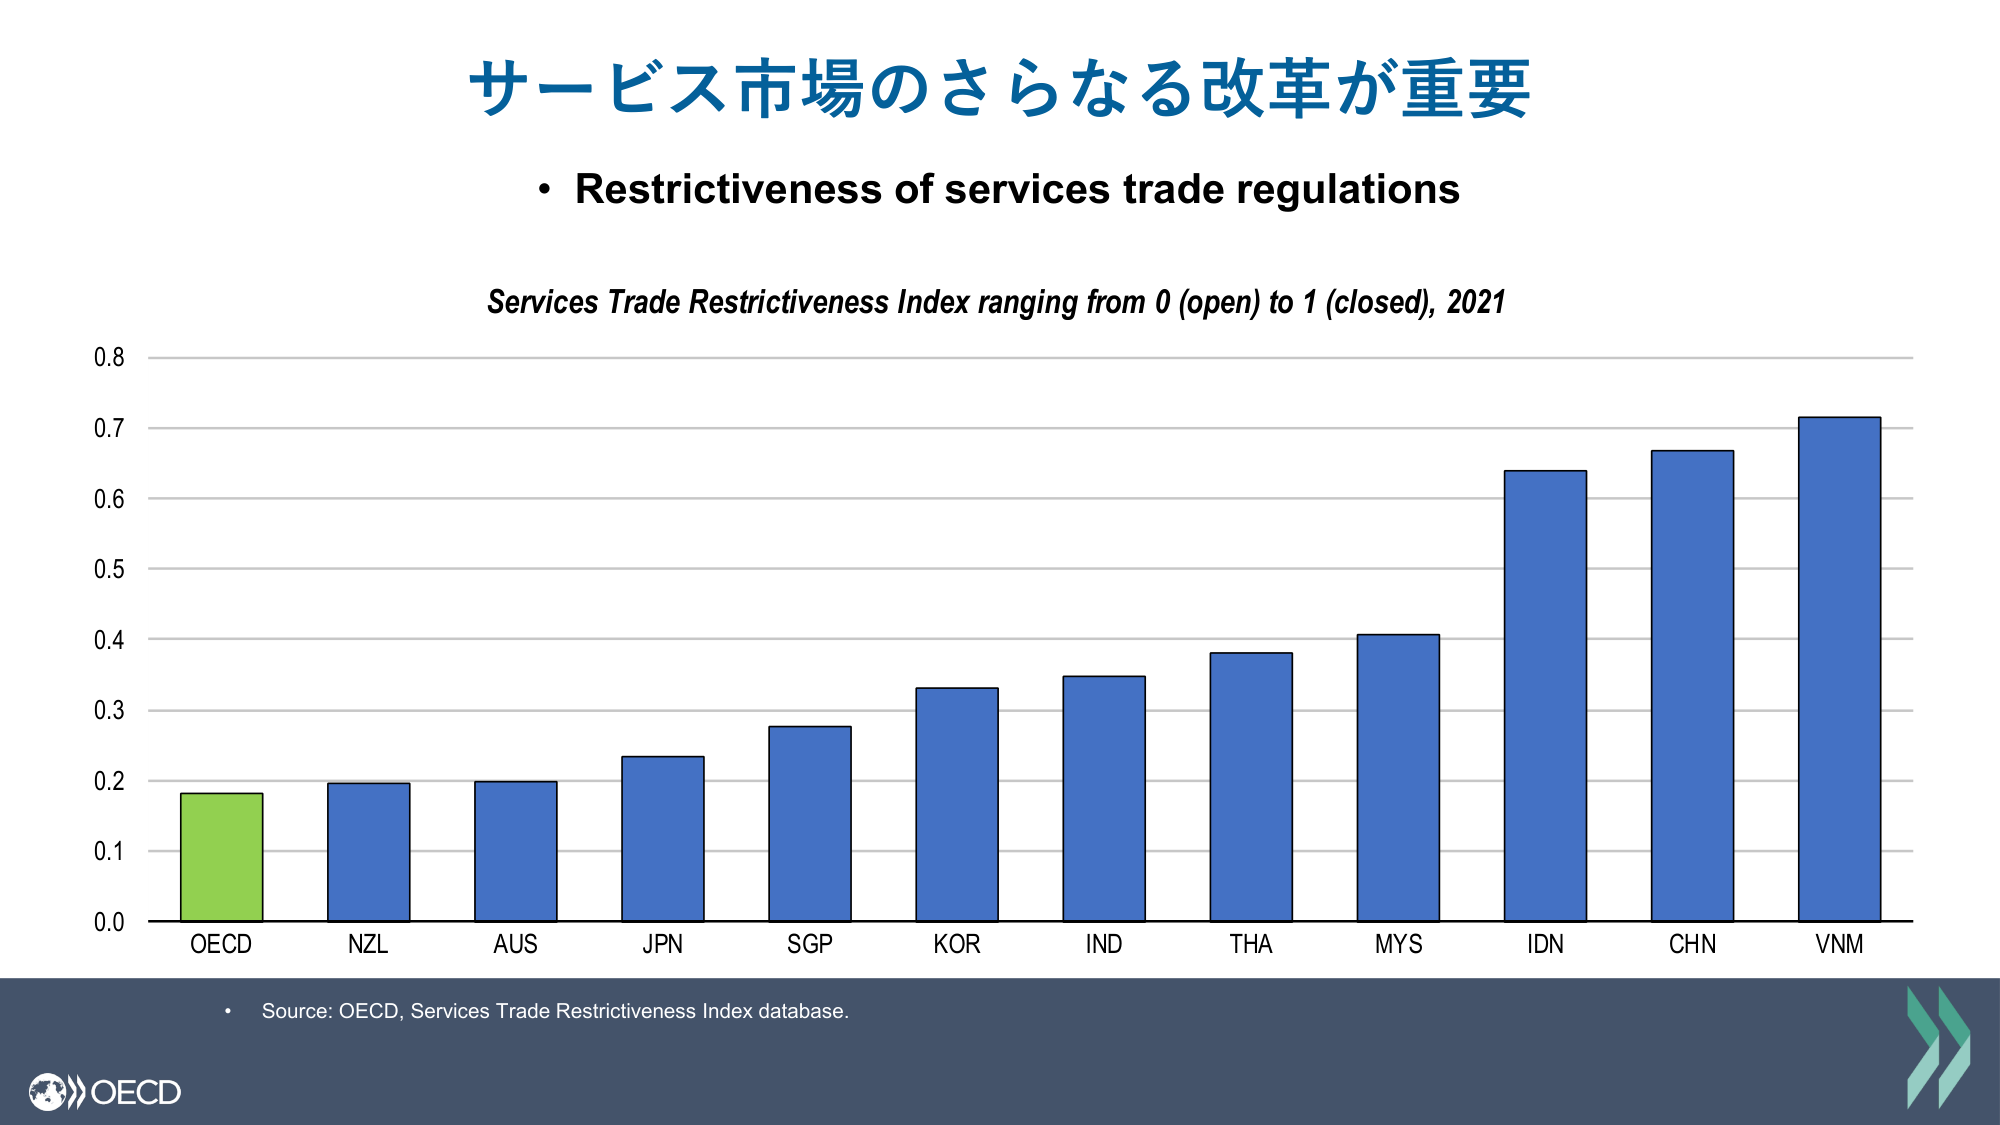
サービス市場のさらなる改革が重要
• Restrictiveness of services trade regulations
Services Trade Restrictiveness Index ranging from 0 (open) to 1 (closed), 2021
0.8
0.7
0.6
0.5
0.4
0.3
0.2
0.1
0.0
OECD
NZL
AUS
JPN
SGP
KOR
IND
THA
MYS
IDN
CHN
VNM
• Source: OECD, Services Trade Restrictiveness Index database.
OECD